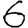
Digit: 6